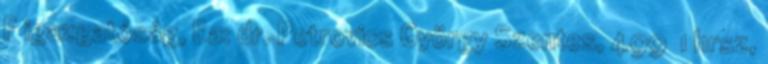
F igazgatóság, Ea: dr. Petrovics György Szentes, 499 1 hrsz,